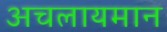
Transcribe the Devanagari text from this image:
अचलायमान